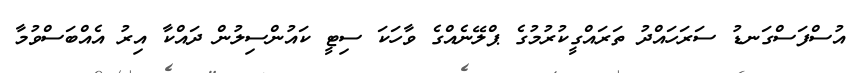
އުސްފަސްގަނޑު ސަރަހައްދު ތަރައްގީކުރުމުގެ ޕްލޭނެއްގެ ވާހަކަ ސިޓީ ކައުންސިލުން ދައްކާ އިރު އެއްބަސްވުމާ